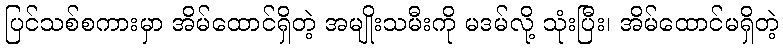
ပြင်သစ်စကားမှာ အိမ်ထောင်ရှိတဲ့ အမျိုးသမီးကို မဒမ်လို့ သုံးပြီး၊ အိမ်ထောင်မရှိတဲ့